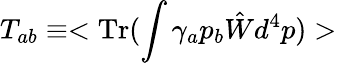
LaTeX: T_{ab}\equiv<\mathrm{Tr}(\int\gamma_{a}p_{b}\hat{W}d^{4}p)>